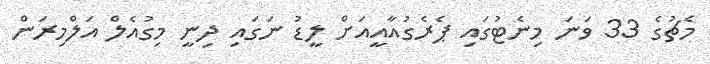
މެޗުގެ 33 ވަނަ މިނެޓުގައި ޕެރެގުއާއީއަށް ލީޑު ނަގައި ދިނީ މިގުއެލް އަލްމިރަން